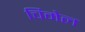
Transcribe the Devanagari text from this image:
चिमेल